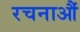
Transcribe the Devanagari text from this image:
रचनाऔं